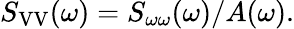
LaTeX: S_{\mathrm{VV}}(\omega)=S_{\omega\omega}(\omega)/A(\omega).